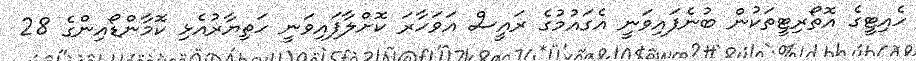
ހެއިޓީގެ އޮތޯރިޓީތަކުން ބުނެފައިވަނީ އެގައުމުގެ ރައީސް އަވަހާރަ ކޮށްލާފައިވަނީ ހަތިޔާރުއެޅި ކޮމާންޑޯއިންގެ 28